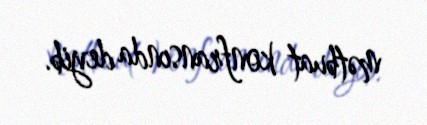
mətbuat konfransında deyib.